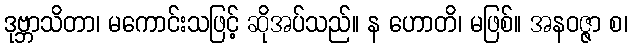
ဒုဗ္ဘာသိတာ၊ မကောင်းသဖြင့် ဆိုအပ်သည်။ န ဟောတိ၊ မဖြစ်။ အနဝဇ္ဇာ စ၊